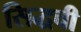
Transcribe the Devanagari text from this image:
सिद्धची